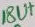
Text: 18U+